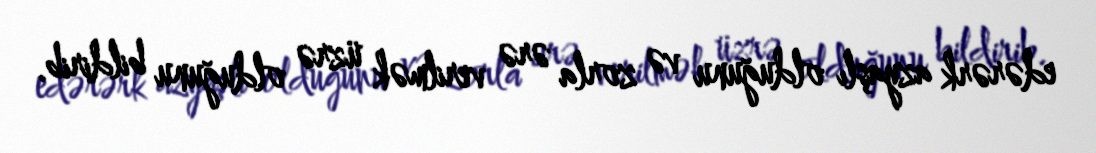
edərərk azyaşlı olduğunu və zorla ərə verilmək üzrə olduğunu bildirib.